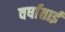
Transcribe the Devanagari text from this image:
वर्षाताई